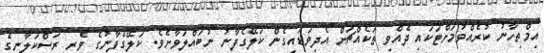
އިމްތިހާނު ކުރެއްވުމަށްޓަކައި ދެއްވި ތަކެއްޗަށް އެދިވަޑައިގެން ކަލޭގެފާނު ނުބައްލަވާށެވެ. ކަލޭގެފާނުގެ ވެރި ރަސްކަލާނގެ